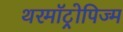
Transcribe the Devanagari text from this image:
थरमॉट्रोपिज्म